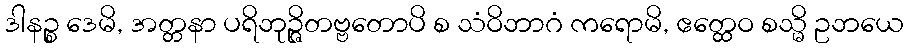
ဒါနဉ္စ ဒေမိ, အတ္တနာ ပရိဘုဉ္ဇိတဗ္ဗတောပိ စ သံဝိဘာဂံ ကရောမိ, ဧတ္ထေဝ စသ္မိ ဥဘယေ